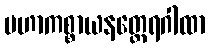
မဟာကစ္စာယနတ္ထေရဂါထာ